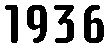
1936